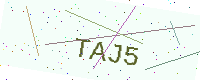
Text: TAJ5